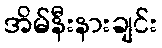
အိမ်နီးနားချင်း